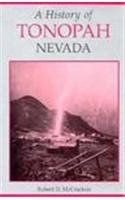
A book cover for A History of Tonopah, Nevada; Robert D. McCracken; Travel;